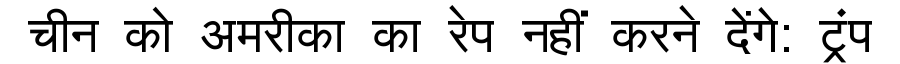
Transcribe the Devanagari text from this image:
चीन को अमरीका का रेप नहीं करने देंगे: ट्रंप